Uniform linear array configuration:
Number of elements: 32
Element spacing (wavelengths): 1
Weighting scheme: exponential
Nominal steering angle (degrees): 60
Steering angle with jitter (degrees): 58.23
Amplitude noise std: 0.05
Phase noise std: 0.05

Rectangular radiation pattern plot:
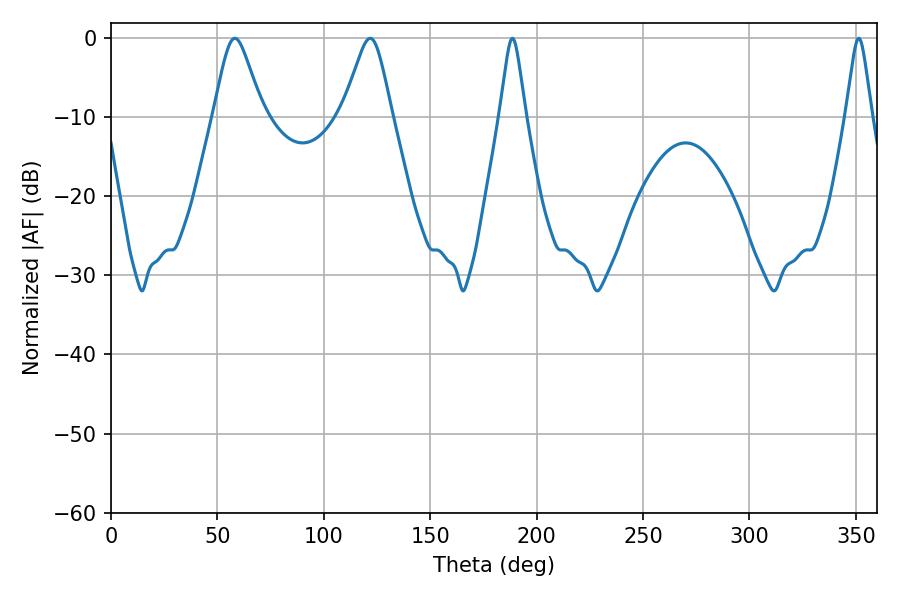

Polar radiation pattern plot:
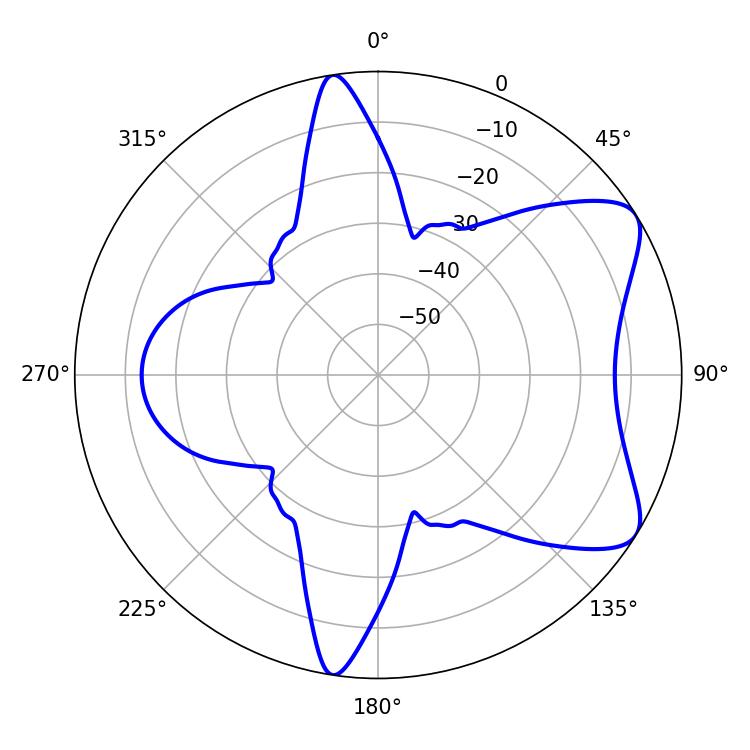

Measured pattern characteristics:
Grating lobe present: TRUE
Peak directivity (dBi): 7.381
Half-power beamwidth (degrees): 5.76
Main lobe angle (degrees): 188.64